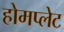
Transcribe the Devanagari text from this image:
होमप्लेट